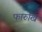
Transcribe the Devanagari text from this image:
फारुखि